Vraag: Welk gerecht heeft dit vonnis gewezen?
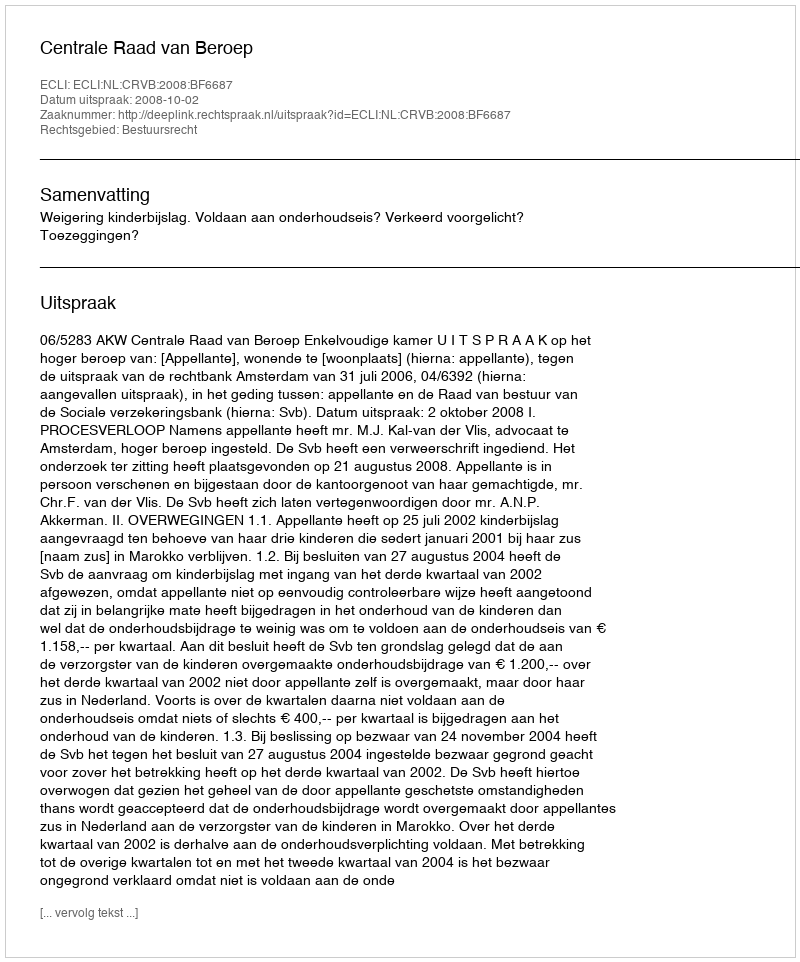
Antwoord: Centrale Raad van Beroep